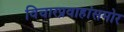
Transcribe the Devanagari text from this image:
विचारप्रवाहांसमोर